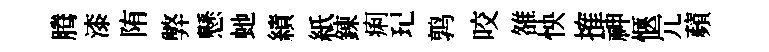
腾漆陏弊懸虵績紙錬痢玘鹑咬雒怏搉神愜冗蘋